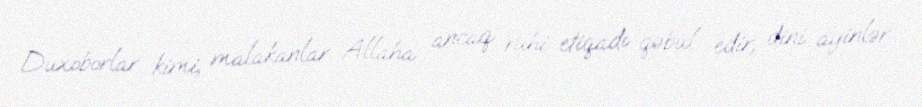
Duxoborlar kimi, malakanlar Allaha ancaq ruhi etiqadı qəbul edir, dini ayinlər